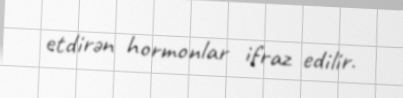
etdirən hormonlar ifraz edilir.